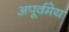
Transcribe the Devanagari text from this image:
अपूर्वमेय